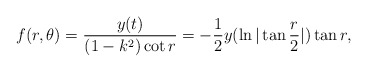
\begin{align*}f(r, \theta)=\frac{y(t)}{(1-k^2)\cot r}=-\frac{1}{2}y(\ln|\tan \frac{r}{2}|)\tan r,\end{align*}